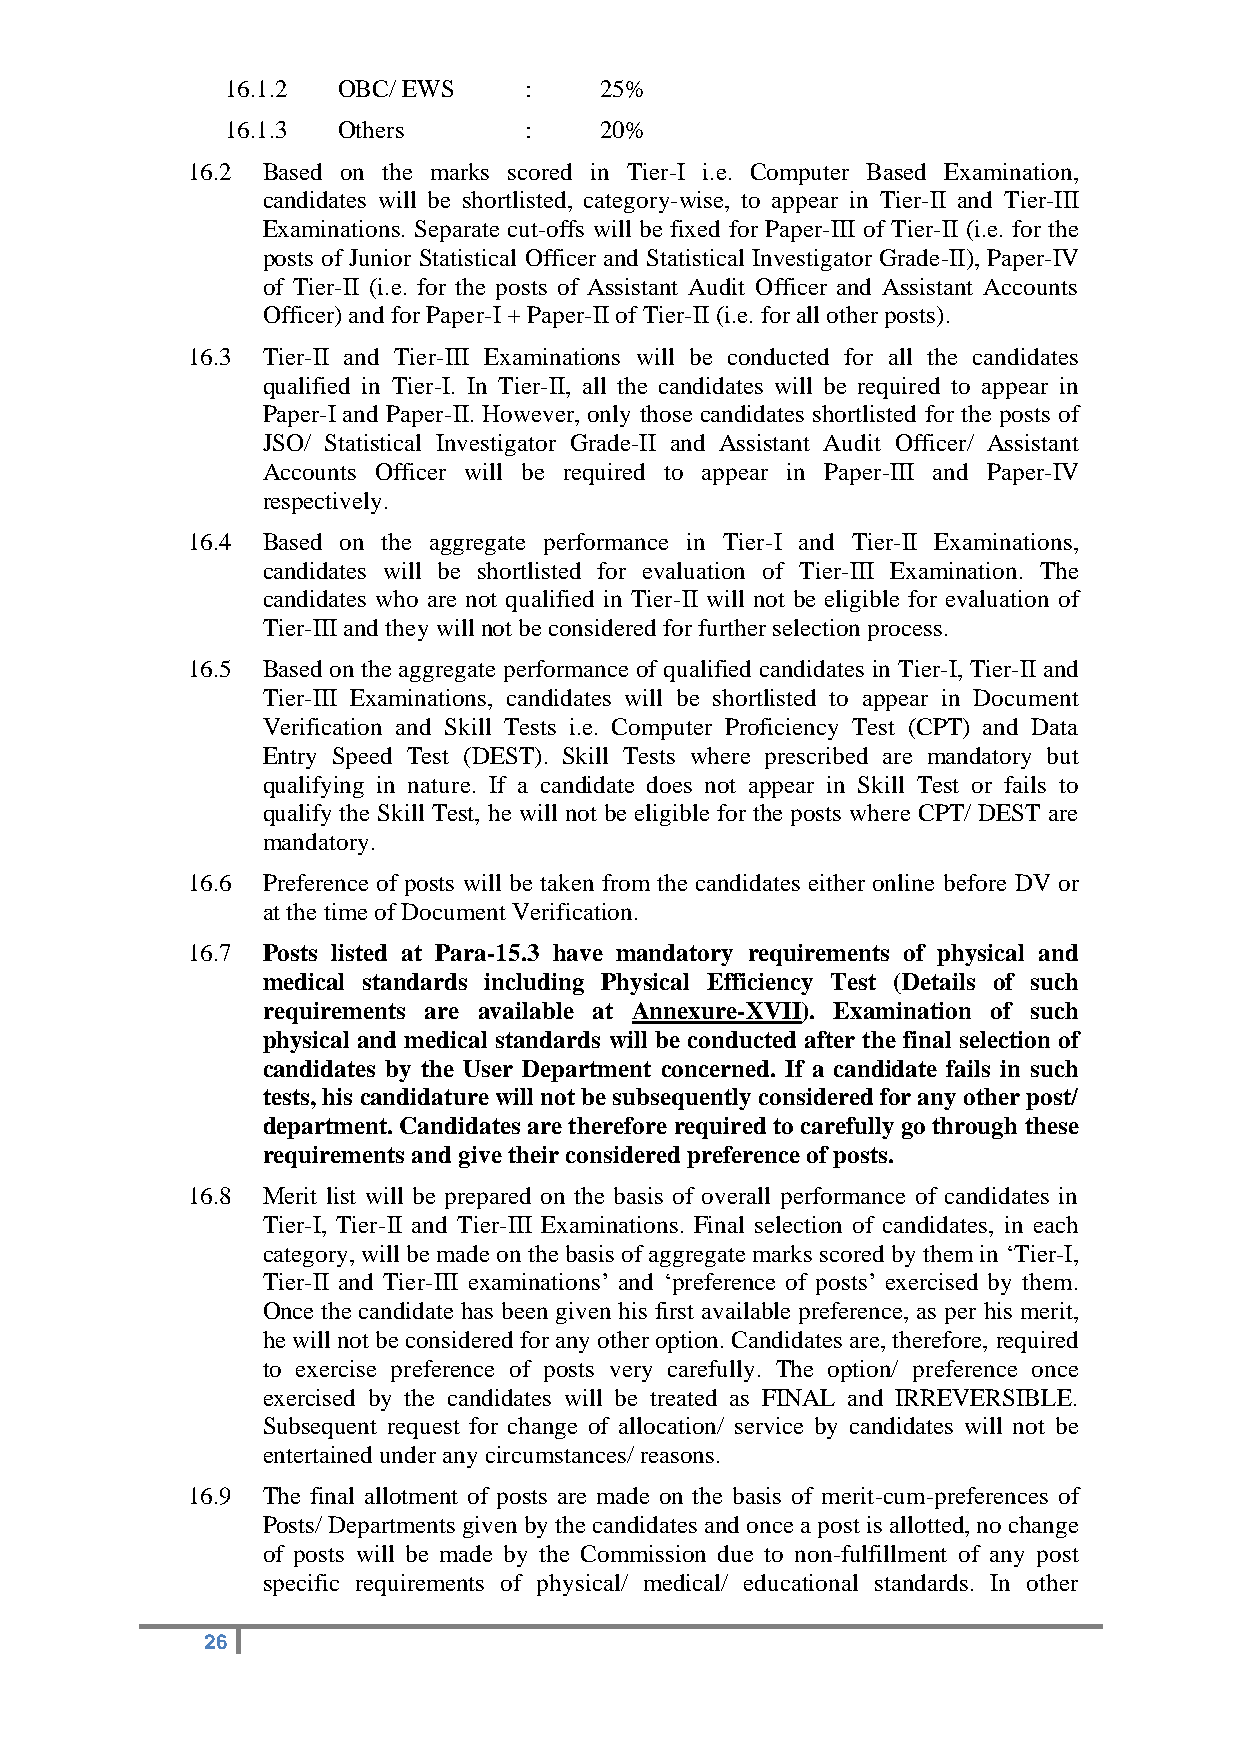
16.1.2 OBC/ EWS     :    25%
 16.1.3 Others       :    20%
 16.2 Based on the marks scored in Tier-I i.e. Computer Based Examination,
 candidates will be shortlisted, category-wise, to appear in Tier-II and Tier-III
 Examinations. Separate cut-offs will be fixed for Paper-III of Tier-II (i.e. for the
 posts of Junior Statistical Officer and Statistical Investigator Grade-II), Paper-IV
 of Tier-II (i.e. for the posts of Assistant Audit Officer and Assistant Accounts
 Officer) and for Paper-I + Paper-II of Tier-II (i.e. for all other posts).
 16.3 Tier-II and Tier-III Examinations will be conducted for all the candidates
 qualified in Tier-I. In Tier-II, all the candidates will be required to appear in
 Paper-I and Paper-II. However, only those candidates shortlisted for the posts of
 JSO/ Statistical Investigator Grade-II and Assistant Audit Officer/ Assistant
 Accounts Officer will be required to appear in Paper-III and Paper-IV
 respectively.
 16.4 Based on the aggregate performance in Tier-I and Tier-II Examinations,
 candidates will be shortlisted for evaluation of Tier-III Examination. The
 candidates who are not qualified in Tier-II will not be eligible for evaluation of
 Tier-III and they will not be considered for further selection process.
 16.5 Based on the aggregate performance of qualified candidates in Tier-I, Tier-II and
 Tier-III Examinations, candidates will be shortlisted to appear in Document
 Verification and Skill Tests i.e. Computer Proficiency Test (CPT) and Data
 Entry Speed Test (DEST). Skill Tests where prescribed are mandatory but
 qualifying in nature. If a candidate does not appear in Skill Test or fails to
 qualify the Skill Test, he will not be eligible for the posts where CPT/ DEST are
 mandatory.
 16.6 Preference of posts will be taken from the candidates either online before DV or
 at the time of Document Verification.
 16.7 Posts listed at Para-15.3 have mandatory requirements of physical and
 medical standards including Physical Efficiency Test (Details of such
 requirements are available at Annexure-XVII). Examination of such
 physical and medical standards will be conducted after the final selection of
 candidates by the User Department concerned. If a candidate fails in such
 tests, his candidature will not be subsequently considered for any other post/
 department. Candidates are therefore required to carefully go through these
 requirements and give their considered preference of posts.
 16.8 Merit list will be prepared on the basis of overall performance of candidates in
 Tier-I, Tier-II and Tier-III Examinations. Final selection of candidates, in each
 category, will be made on the basis of aggregate marks scored by them in ‘Tier-I,
 Tier-II and Tier-III examinations’ and ‘preference of posts’ exercised by them.
 Once the candidate has been given his first available preference, as per his merit,
 he will not be considered for any other option. Candidates are, therefore, required
 to exercise preference of posts very carefully. The option/ preference once
 exercised by the candidates will be treated as FINAL and IRREVERSIBLE.
 Subsequent request for change of allocation/ service by candidates will not be
 entertained under any circumstances/ reasons.
 16.9 The final allotment of posts are made on the basis of merit-cum-preferences of
 Posts/ Departments given by the candidates and once a post is allotted, no change
 of posts will be made by the Commission due to non-fulfillment of any post
 specific requirements of physical/ medical/ educational standards. In other
 26